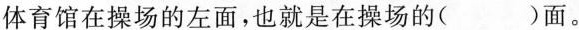
体育馆在操场的左面，也就是在操场的()面。